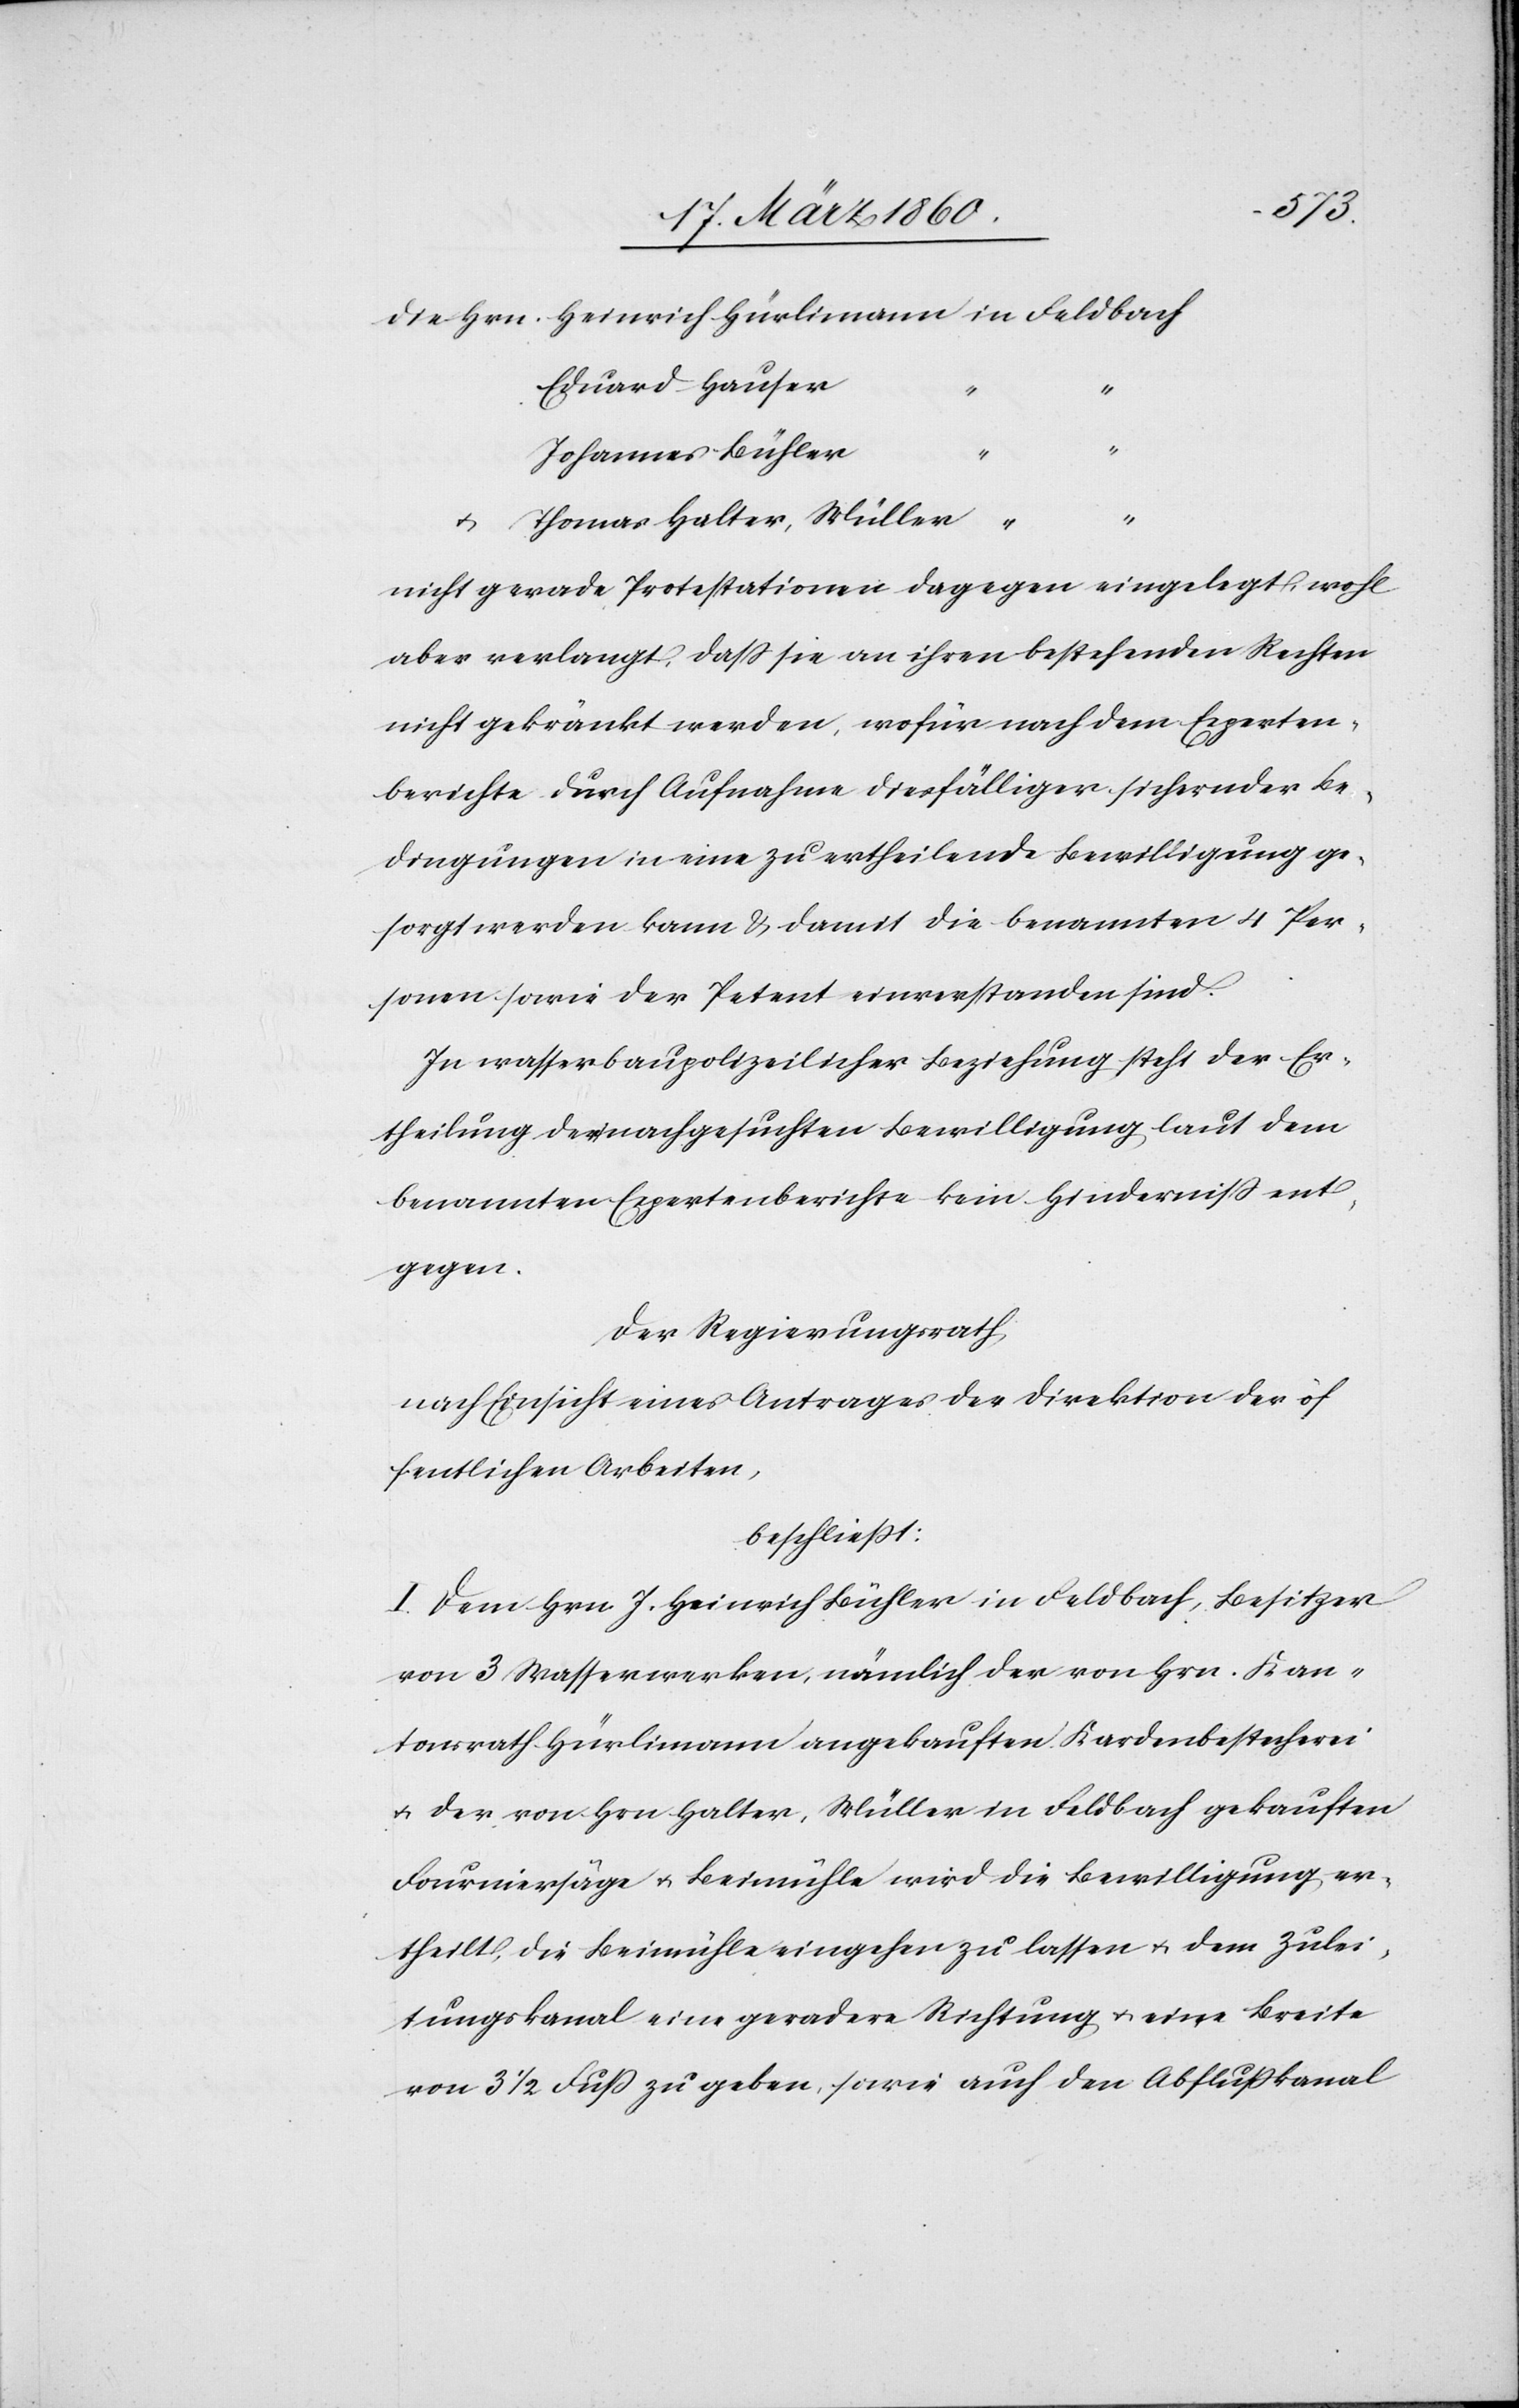
die Hrn. Heinrich Hürlimann in Feldbach
Eduard Hauser
Johannes Bühler
Thomas Halter, Müller
“
nicht gerade Protestationen dagegen eingelegt, wohl
aber verlangt, dass sie an ihren bestehenden Rechten
nicht gekränkt werden, wofür nach dem Experten¬
berichte durch Aufnahme diesfälliger sichernder Be¬
dingungen in eine zu ertheilende Bewilligung ge¬
sorgt werden kann u. damit die benannten 4 Per¬
sonen sowie der Petent einverstanden sind.
In wasserbaupolizeilicher Beziehung steht der Er¬
theilung der nachgesuchten Bewilligung laut dem
benannten Expertenberichte kein Hinderniss ent¬
gegen.
Der Regierungsrath
nach Einsicht eines Antrages der Direktion der öf¬
fentlichen Arbeiten,
beschliesst:
I. Dem Hrn. J. Heinrich Bühler in Feldbach, Besitzer
von 3 Wasserwerken, nämlich der von Hrn. Kan¬
tonsrath Hürlimann angekauften Kardenbestecherei
u. der von Hrn. Halter, Müller in Feldbach gekauften
Fourniersäge u. Beimühle wird die Bewilligung er¬
theilt, die Beimühle eingehen zu lassen u. dem Zulei¬
tungskanal eine geradere Richtung u. eine Breite
von 3 1/2 Fuss zu geben, sowie auch den Abflusskanal